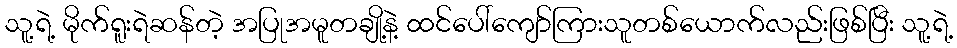
သူ့ရဲ့ မိုက်ရူးရဲဆန်တဲ့ အပြုအမူတချို့နဲ့ ထင်ပေါ်ကျော်ကြားသူတစ်ယောက်လည်းဖြစ်ပြီး သူ့ရဲ့